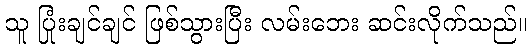
သူ ပြုံးချင်ချင် ဖြစ်သွားပြီး လမ်းဘေး ဆင်းလိုက်သည်။